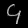
Digit: ၄